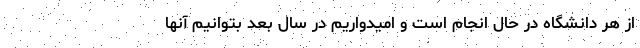
از هر دانشگاه در حال انجام است‌ و امیدواریم در سال بعد بتوانیم آنها